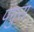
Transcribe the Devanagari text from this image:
पंगुरा